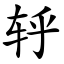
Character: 轷